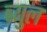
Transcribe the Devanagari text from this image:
ब्र्युल